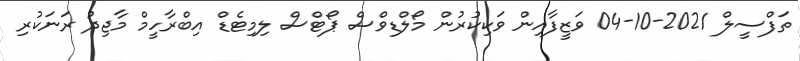
ތަފްސީލް 2021-10-04 ވަޒީފާއިން ވަކިކުރުން މޯލްޑިވްސް ޕޯޓްސް ލިމިޓެޑް އިބްރާހީމް މާޖިދު ރަނަކުރި